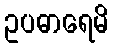
ဥပဓာရေမိ